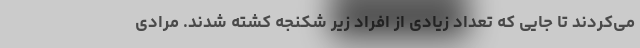
می‌کردند تا جایی که تعداد زیادی از افراد زیر شکنجه کشته شدند. مرادی